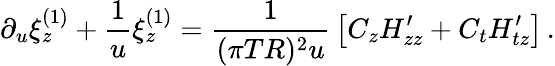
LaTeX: \partial_{u}\xi_{z}^{(1)}+{\frac{1}{u}}\xi_{z}^{(1)}={\frac{1}{(\pi TR)^{2}u}}\left[C_{z}H_{zz}^{\prime}+C_{t}H_{tz}^{\prime}\right]\, .